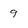
Character: 9